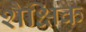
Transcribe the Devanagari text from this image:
शैक्षिक